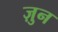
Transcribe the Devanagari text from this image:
ज़ुन